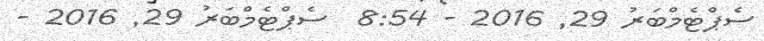
ސެޕްޓެމްބަރު 29